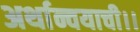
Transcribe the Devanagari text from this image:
अर्थान्वयाची।।